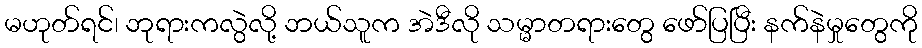
မဟုတ်ရင်၊ ဘုရားကလွဲလို့ ဘယ်သူက အဲဒီလို သမ္မာတရားတွေ ဖော်ပြပြီး နက်နဲမှုတွေကို